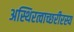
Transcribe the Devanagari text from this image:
अस्थिरत्वाच्छरीरस्य